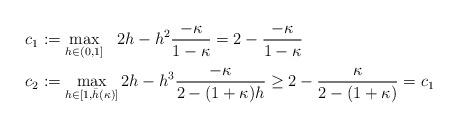
LaTeX: \begin{align*} &c_1 := \max_{h\in(0,1]} \,\,\,\, 2 h - h^2 \frac{-\kappa}{1-\kappa} = 2 - \frac{-\kappa}{1-\kappa} \\ &c_2 := \max_{h\in[1,\bar{h}(\kappa)]} 2 h - h^3 \frac{-\kappa}{2-(1+\kappa)h} \geq 2 - \frac{\kappa}{2-(1+\kappa)} = c_1\end{align*}